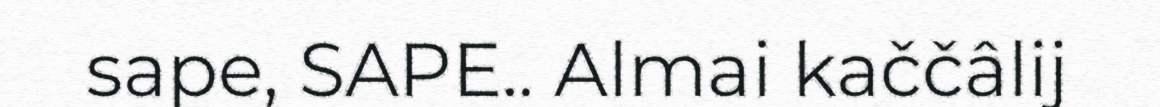
sape, SAPE.. Almai kaččâlij